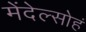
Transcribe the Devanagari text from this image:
मेंदेल्सोहं